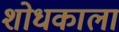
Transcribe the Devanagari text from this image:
शोधकाला